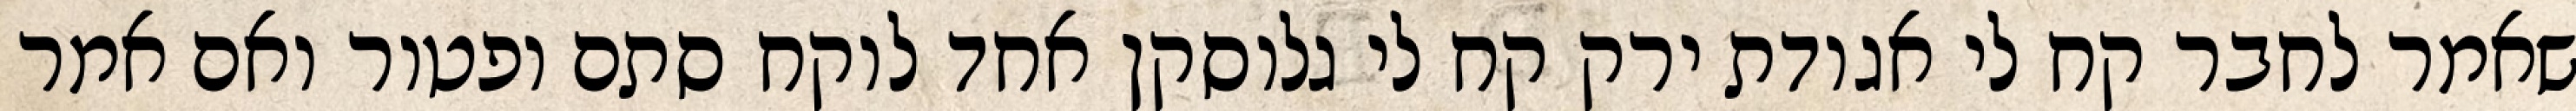
שאמר לחבר קח לי אגודת ירק קח לי גלוסקן אחד לוקח סתם ופטור ואם אמר